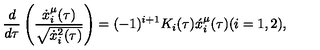
\frac { d } { d \tau } \left( \frac { \dot { x } _ { i } ^ { \mu } ( \tau ) } { \sqrt { \dot { x } _ { i } ^ { 2 } ( \tau ) } } \right) = ( - 1 ) ^ { i + 1 } K _ { i } ( \tau ) \acute { x } _ { i } ^ { \mu } ( \tau ) ( i = 1 , 2 ) ,